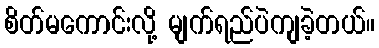
စိတ်မကောင်းလို့ မျက်ရည်ပဲကျခဲ့တယ်။